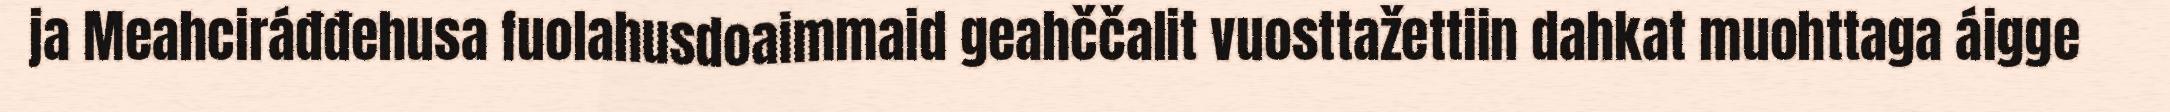
ja Meahciráđđehusa fuolahusdoaimmaid geahččalit vuosttažettiin dahkat muohttaga áigge